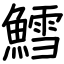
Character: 鱈